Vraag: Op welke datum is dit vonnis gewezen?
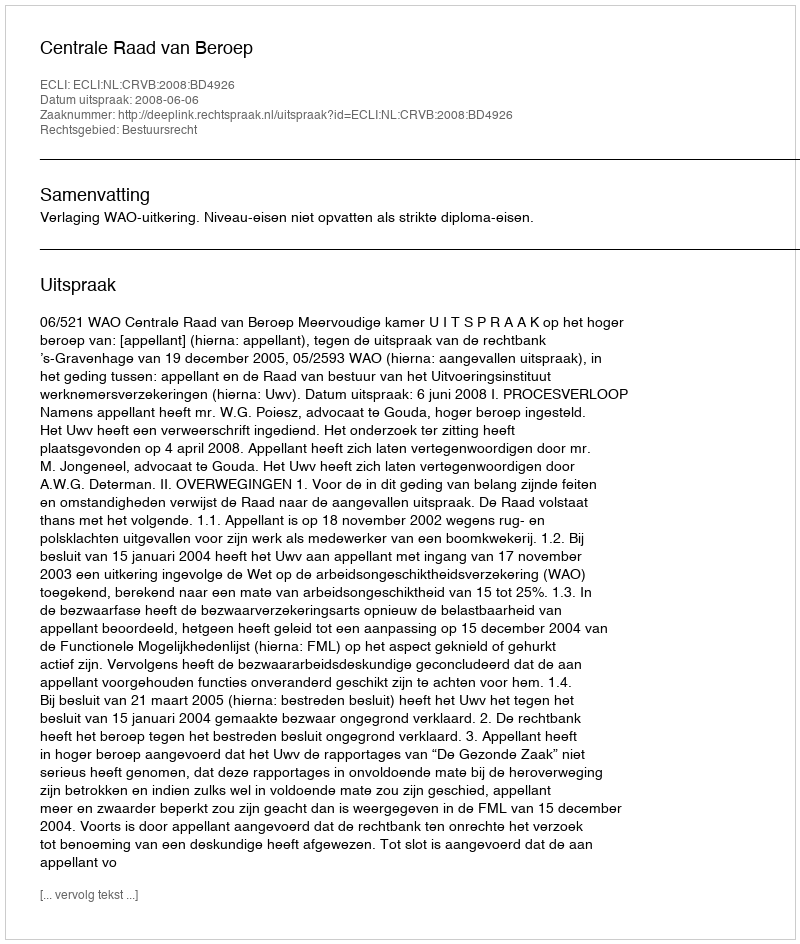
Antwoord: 2008-06-06